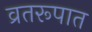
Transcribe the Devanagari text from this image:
व्रतरूपात